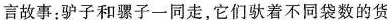
言故事：驴子和骡子一同走，它们驮着不同袋数的货